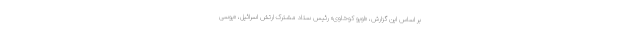
بر اساس این گزارش، «اویو کوخاوی» رئیس ستاد مشترک ارتش اسرائیل، «یوسی